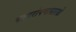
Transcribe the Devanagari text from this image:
वृक्षारोपणासारखे